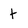
Character: t